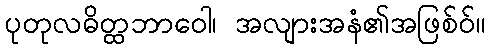
ပုတုလဓိတ္ထဘာဝေါ၊ အလျားအနံ၏အဖြစ်ဝ်။